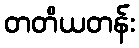
တတိယတန်း